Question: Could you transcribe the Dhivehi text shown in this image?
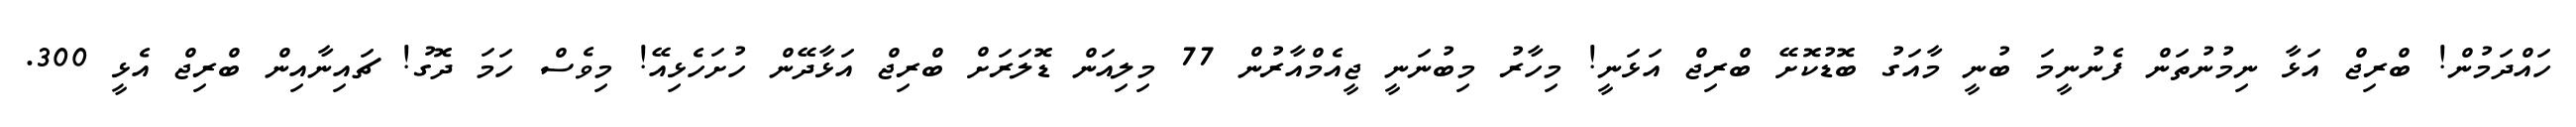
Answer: ހައްދަމުން! ބްރިޖް އަޅާ ނިމުނުތަން ފެނުނީމަ ބުނީ މާއަގު ބޮޑުކޮށޭ ބްރިޖް އަޅަނީ! މިހާރު މިބުނަނީ ޖީއެމްއާރުން 77 މިލިއަން ޑޮލަރަށް ބްރިޖް އަޅާދޭން ހުށަހެޅިއޭ! މިވެސް ހަމަ ދޮގު! ޗައިނާއިން ބްރިޖް އެޅީ 300.